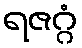
ရဇဂ္ဂံ